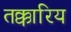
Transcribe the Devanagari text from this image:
तक्कारिय